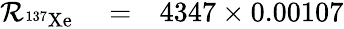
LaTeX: \begin{array}{rlr}{\mathcal{R}_{\mathrm{{^{137}Xe}}}}&{{}=}&{4347\times 0.00107}\end{array}